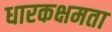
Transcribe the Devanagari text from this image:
धारकक्षमता